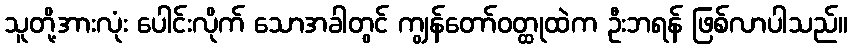
သူတို့အားလုံး ပေါင်းလိုက် သောအခါတွင် ကျွန်တော်ဝတ္ထုထဲက ဦးဘရန် ဖြစ်လာပါသည်။